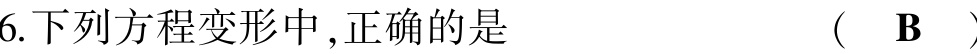
6.下列方程变形中,正确的是  (  $\mathbf{B}$  )